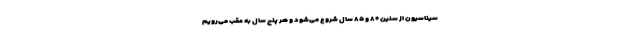
سیناسیون از سنین ۸۰ و ۸۵ سال شروع می‌شود و هر پنج سال به عقب می‌رویم